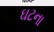
ઘટના